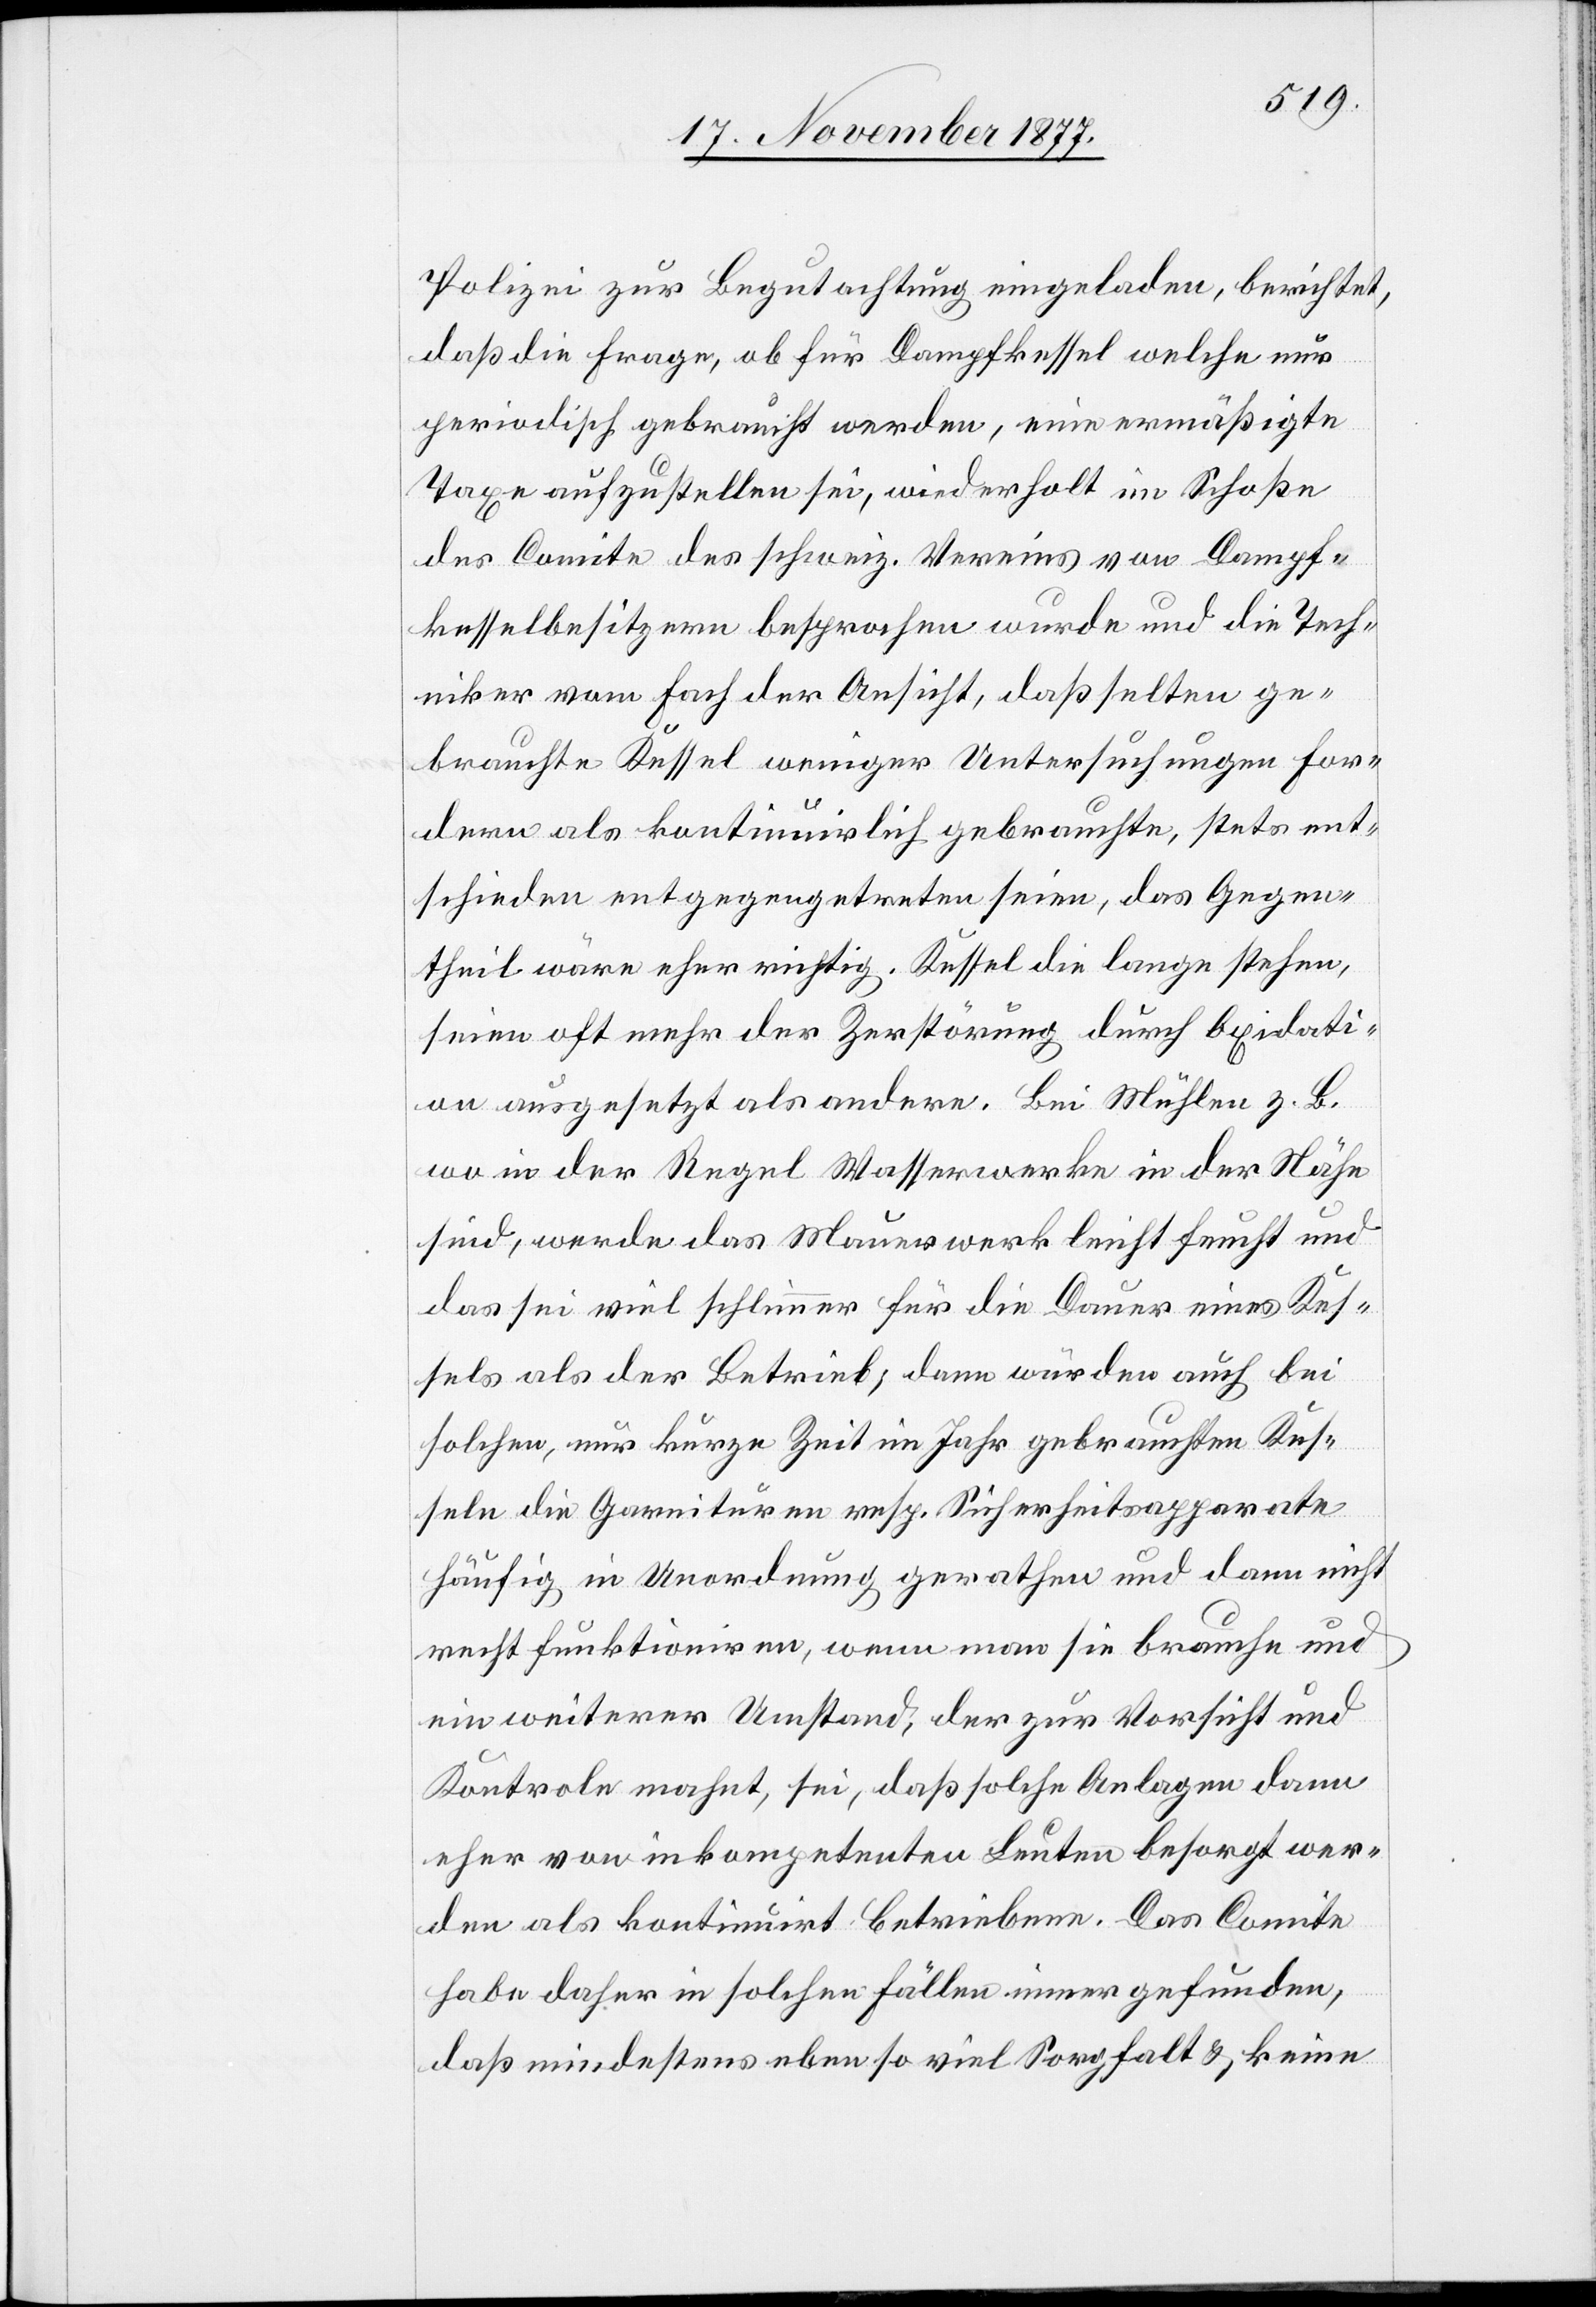
Polizei zur Begutachtung eingeladen, berichtet,
daß die Frage, ob für Dampfkessel welche nur
periodisch gebraucht werden, eine ermäßigte
Taxe aufzustellen sei, wiederholt im Schoße
des Comite des schweiz. Vereins von Dampf¬
kesselbesitzern besprochen wurde und die Tech¬
niker vom Fach der Ansicht, daß selten ge¬
brauchte Kessel weniger Untersuchungen for¬
dern als kontinuirlich gebrauchte, stets ent¬
schieden entgegengetreten seien, das Gegen¬
theil wäre eher richtig. Kessel die lange stehen,
seien oft mehr der Zerstörung durch Oxidati¬
on ausgesetzt als andere. Bei Mühlen z. B.
wo in der Regel Wasserwerke in der Nähe
sind, werde das Mauerwerk leicht feucht und
das sei viel schlimmer für die Dauer eines Kes¬
sels als der Betrieb; dann würden auch bei
solchen, nur kurze Zeit im Jahr gebrauchten Kes¬
seln die Garnituren resp. Sicherheitsapparate
häufig in Unordnung gerathen und dann nicht
recht funktioniren, wenn man sie brauche und
ein weiterer Umstand, der zur Vorsicht und
Kontrole mahnt, sei, daß solche Anlagen dann
eher von inkompetenten Leuten besorgt wer¬
den als kontinuirt betriebene. Das Comite
habe daher in solchen Fällen immer gefunden,
daß mindestens eben so viel Sorgfalt & keine